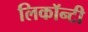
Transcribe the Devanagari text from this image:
लिकॉन्टी